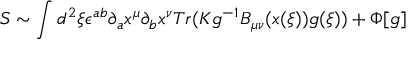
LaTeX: S \sim \int d ^ { 2 } \xi \epsilon ^ { a b } \partial _ { a } x ^ { \mu } \partial _ { b } x ^ { \nu } T r ( K g ^ { - 1 } B _ { \mu \nu } ( x ( \xi ) ) g ( \xi ) ) + \Phi [ g ]